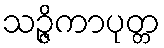
သဉ္ဇိကာပုတ္တ